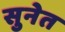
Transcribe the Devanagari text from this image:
सुनेत